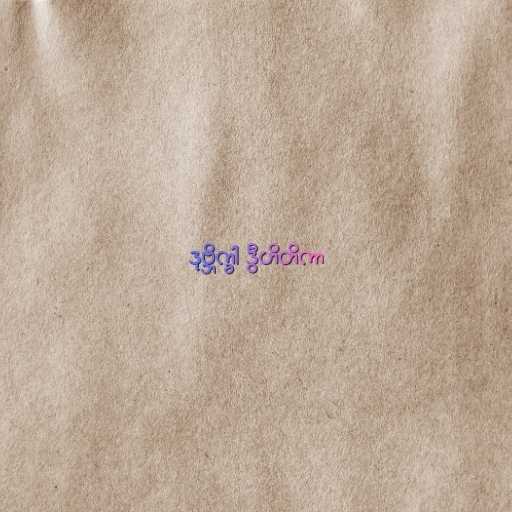
ဒုဗ္ဘိက္ခါ ဒွီဟိတိကာ